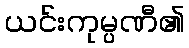
ယင်းကုမ္ပဏီ၏